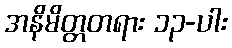
အနိမိတ္တတရား ၁၃-ပါး